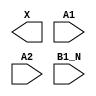
module sky130_fd_sc_ls__a21bo (
    X   ,
    A1  ,
    A2  ,
    B1_N
);

    output X   ;
    input  A1  ;
    input  A2  ;
    input  B1_N;

    // Voltage supply signals
    supply1 VPWR;
    supply0 VGND;
    supply1 VPB ;
    supply0 VNB ;

endmodule